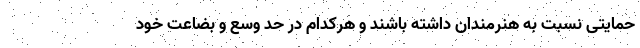
حمایتی نسبت به هنرمندان داشته باشند و هرکدام در حد وسع و بضاعت خود